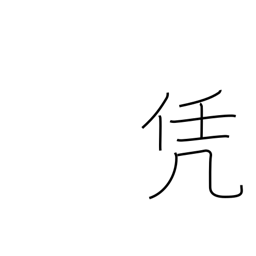
Meaning: lie heavy